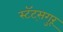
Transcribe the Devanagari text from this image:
स्टॅट्सगुरू